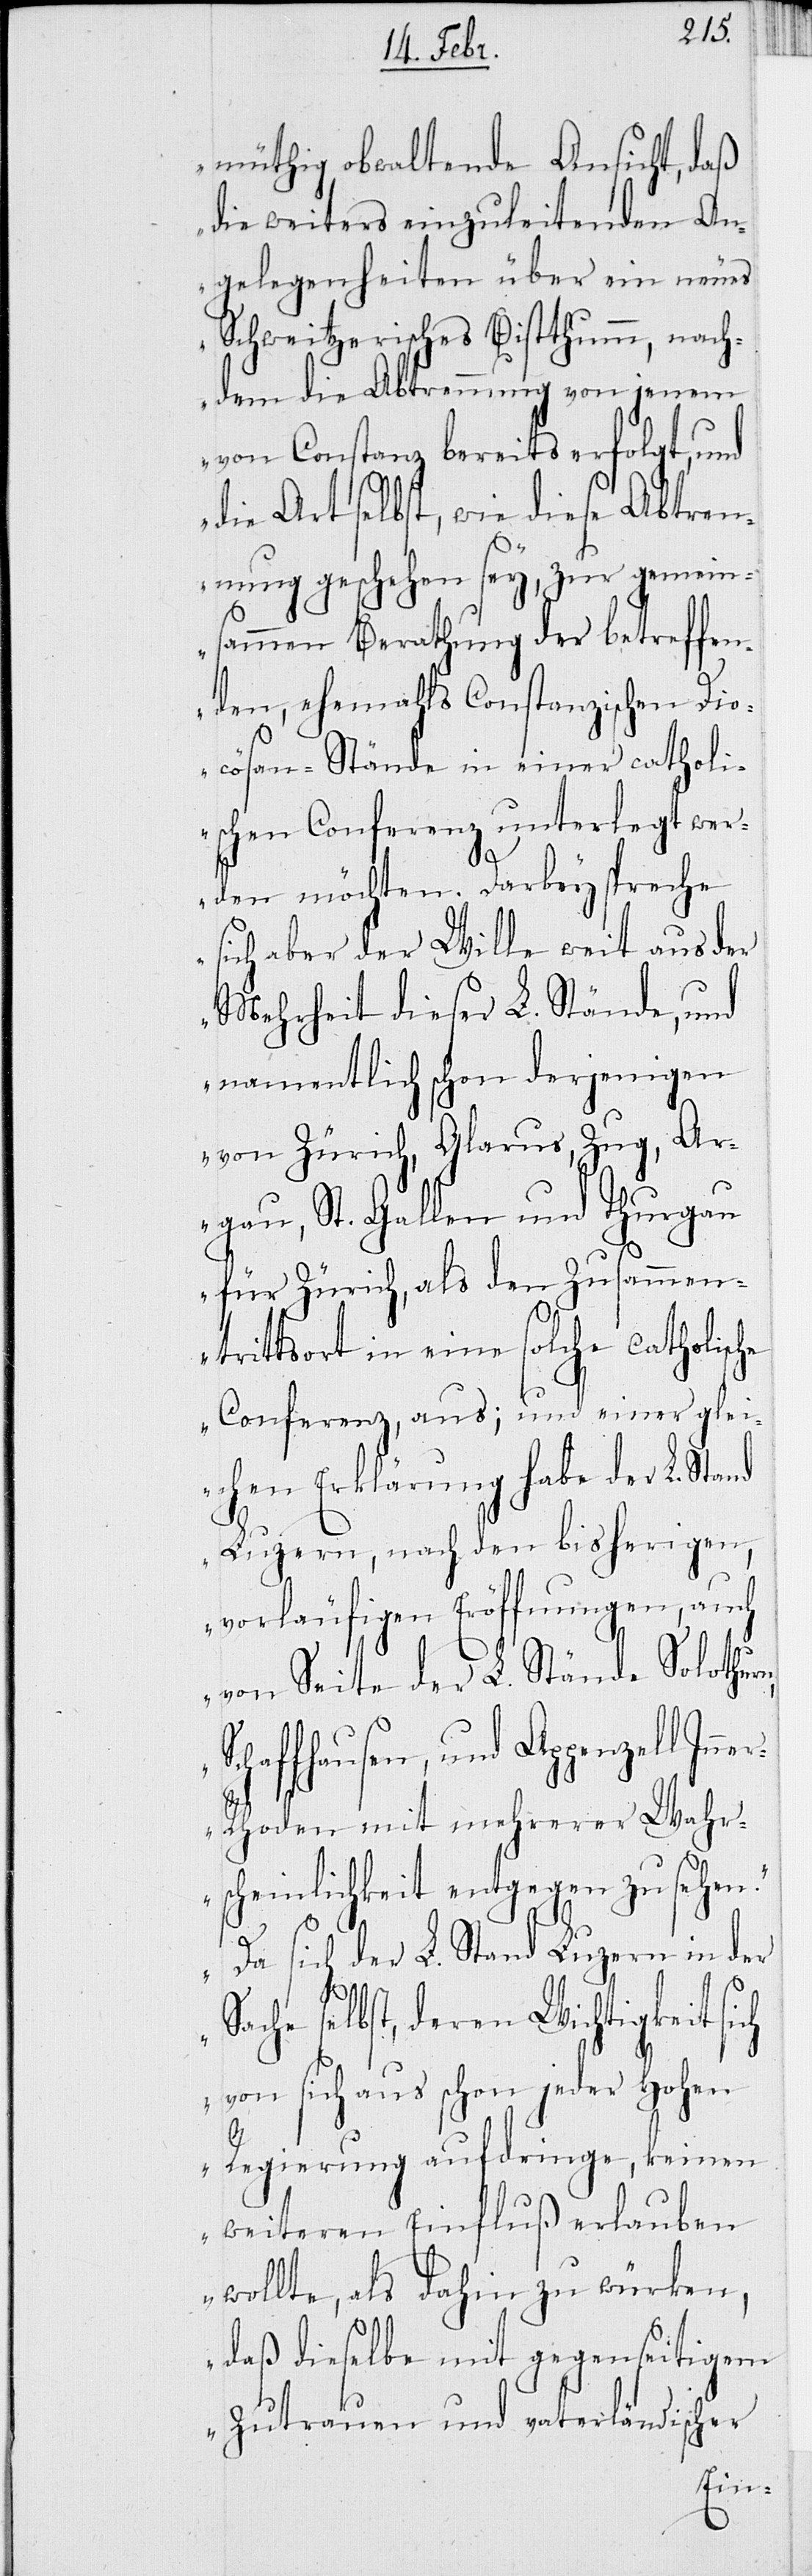
Inn¬

Sch¬
müthig obwaltende Ansicht, daß
die weiters einzuleitenden An¬
gelegenheiten über ein neues
Schweitzerisches Bistthumm, nach¬
dem die Abtrennung von jenem
von Constanz bereits erfolgt, und
die Art selbst, wie diese Abtren¬
nung geschehen sey, zur gemein¬
sammen Berathung der betreffen¬
den, ehemals Constanzischen Dio¬
cösan-Stände, in einer catholi¬
schen Conferenz unterlegt wer¬
den möchten. Darbey spreche
sich aber der Wille weit aus der
Mehrheit dieser L. Stände, und
namentlich schon derjenigen
von Zürich, Glarus, Zug, Ar¬
gau, St. Gallen und Thurgau
für Zürich, als den Zusammen¬
trittsort in eine solche catholisc¬
he Conferenz, aus; und einer glei¬
chen Erklärung habe der L. Sta¬
Luzern, nach den bisherigen,
vorläufigen Eröffnungen, auch
von Seite der L. Stände Solothur¬
affhausen, und Appenzell
er-Rhoden mit mehrerer Wahr¬
scheinlichkeit entgegen zu sehen.
Da sich der L. Stand Luzern in der
Sache selbst, deren Wichtigkeit
von sich aus schon jeder Hohen
Regierung aufdringe, keinen
weiteren Einfluß erlauben
wollte, als dahin zu würken,
daß dieselbe mit gegenseitigem
Zutrauen und vaterländlicher